system: You are a helpful assistant.
user:
Analyze the provided spectrum to determine if it is a **S-type Star**.

- **Key Indicators for S-type Star:**

    - **(Overall Spectrum Shape):** The first and most obvious characteristic is the overall continuum (the "baseline" shape). It is **extremely "red-sloping,"** meaning the flux (light intensity) is very low on the left side (blue, ~4000-4500 Å) and rises steeply and continuously toward the right side (red, ~7000 Å+).

    - **(Primary):** The spectrum is defined by the presence of strong, broad molecular absorption "valleys" (bands) from **Zirconium Oxide (ZrO)**. The identification of these bands is the **primary requirement** for classifying a star as S-type.
        - **(Key Bandheads):** You must find distinct, deep "dips" where the light has been absorbed. The most critical band systems to locate are:
            - **~6474 Å** ($\gamma$-system): This is often the strongest and clearest ZrO feature, found in the red part of the spectrum.
            - **~5718 Å** & **~5551 Å** ($\beta$-system): A pair of prominent absorption features in the yellow-orange part of the spectrum.
            - **~4640 Å** ($\alpha$-system): A key absorption band system in the blue-green region of the spectrum.

    - **(Secondary Confirmation):** The classification is strengthened by finding additional absorption bands from other related heavy element oxides, which are expected to be present alongside ZrO.
        - **(Key Bandheads):**
            - **Yttrium Oxide (YO):** Look for absorption dips near **~4800 Å** and **~6100 Å**.
            - **Lanthanum Oxide (LaO):** Additional absorption features, particularly in the red-orange part of the spectrum, are also characteristic.

    - **(Line Profile):** The combination of the steep red continuum and these numerous, deep molecular bands (ZrO, YO, etc.) gives the entire spectrum a very **"chopped-up"** or **"bumpy"** appearance. Instead of a smooth curve, the spectrum looks as though large, wide chunks of light have been "carved out" of it at the specific wavelengths listed above.

Think first, call **spectral_visualization_tool** if needed to examine features in detail, then provide your final answer. Your response must adhere to the following strict rules:
1.  **Overall Structure:** Your response must follow the format `<think>...</think> <tool_call>...</tool_call> (if a tool is used) <answer>...</answer>`.
2.  **Tool Usage Constraint:** You may only make **one** tool call per turn.
3.  **Final Answer Format:** In the `<answer>` tag, your conclusion must be inside a `\boxed{}` command (e.g., `\boxed{YES}` or `\boxed{NO}`), followed by your justification.

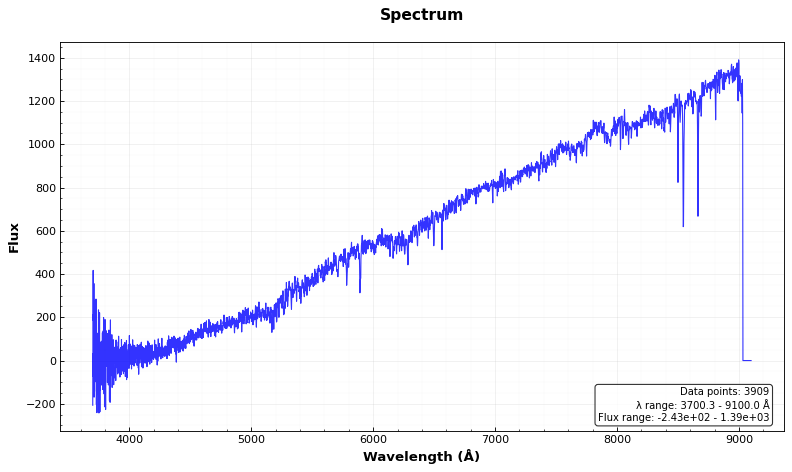
Answer: NO